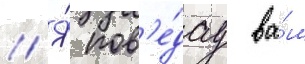
// Я́ пов'е́дау ва́м